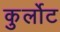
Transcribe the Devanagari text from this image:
कुर्लोट